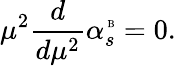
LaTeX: \mu^{2}\frac{d}{d\mu^{2}}\alpha_{s}^{\mathrm{\tiny~B}}=0.